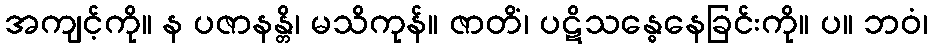
အကျင့်ကို။ န ပဇာနန္တိ၊ မသိကုန်။ ဇာတိံ၊ ပဋိသန္ဓေနေခြင်းကို။ ပ။ ဘဝံ၊